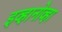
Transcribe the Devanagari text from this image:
इव्हानोव्हा